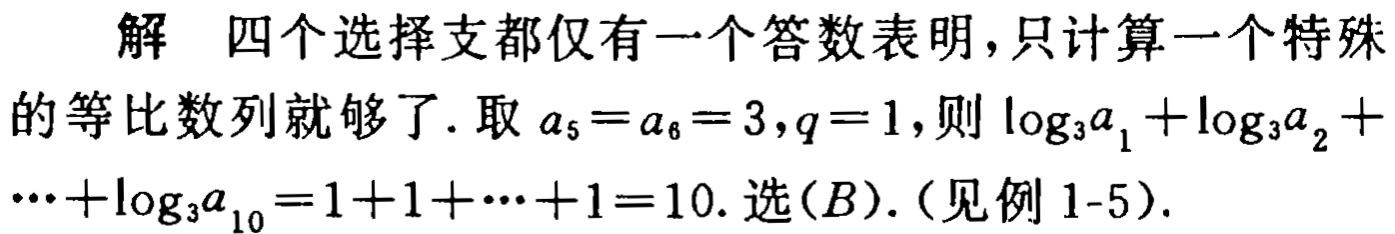
解 四个选择支都仅有一个答数表明，只计算一个特殊的等比数列就够了. 取 \(a_{5}=a_{6}=3,q = 1\)，则 \(\log_{3}a_{1}+\log_{3}a_{2}+\cdots+\log_{3}a_{10}=1 + 1+\cdots+1 = 10\). 选\((B)\).（见例 1-5）.